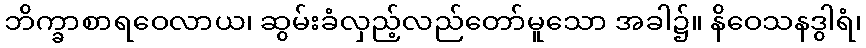
ဘိက္ခာစာရဝေလာယ၊ ဆွမ်းခံလှည့်လည်တော်မူသော အခါ၌။ နိဝေသနဒွါရံ၊